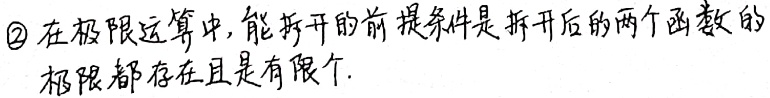
\textcircled{2}在极限运算中，能拆开的前提条件是拆开后的两个函数的极限都存在且是有限个。